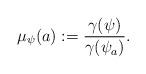
LaTeX: \begin{align*}\mu_{\psi}(a) := \dfrac{\gamma(\psi)}{\gamma(\psi_{a})}.\end{align*}